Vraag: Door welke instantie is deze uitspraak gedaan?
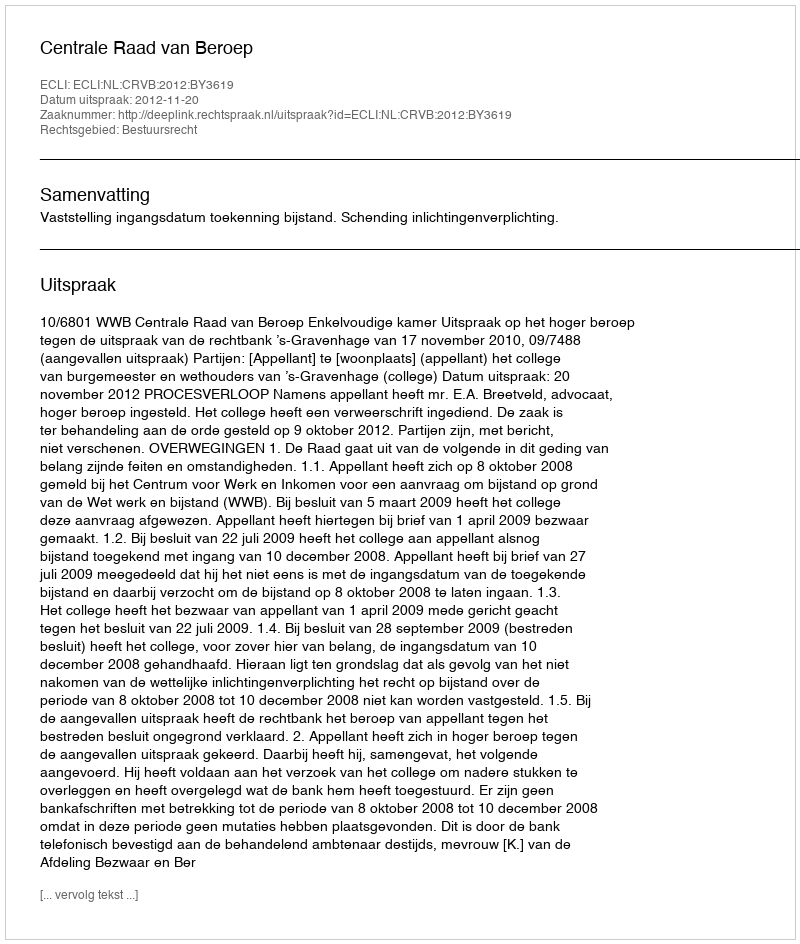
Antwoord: Centrale Raad van Beroep